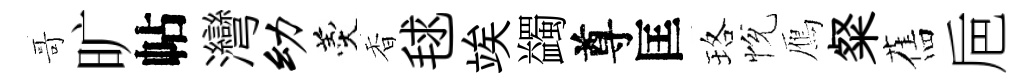
哥旷帖灣幼羹香毬竢蠲尊匡珞恱鴈粲舊巵